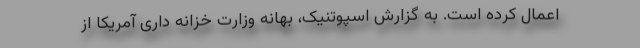
اعمال کرده است. به گزارش اسپوتنیک، بهانه وزارت خزانه داری آمریکا از